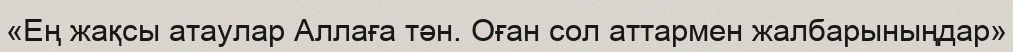
«Ең жақсы атаулар Аллаға тән. Оған сол аттармен жалбарыныңдар»